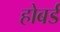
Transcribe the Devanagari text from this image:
होबर्ड